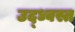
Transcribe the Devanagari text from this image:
उद्‍ध्वस्त